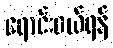
ရောင်းဝယ်ရန်